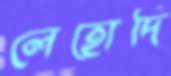
লেহোদি